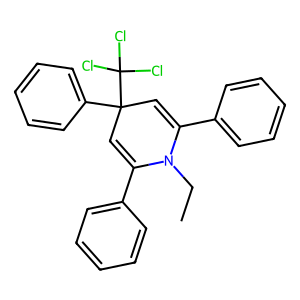
SMILES: CCN1C(c2ccccc2)=CC(c2ccccc2)(C(Cl)(Cl)Cl)C=C1c1ccccc1
Inhibits HIV replication: No